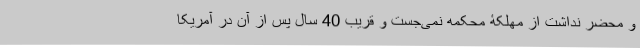
و محضر نداشت از مهلکۀ محکمه نمی‌جست و قریب 40 سال پس از آن در آمریکا